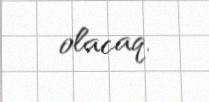
olacaq.